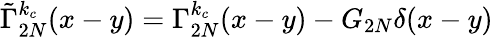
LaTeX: \tilde{\Gamma}_{2N}^{k_{c}}(x-y)=\Gamma_{2N}^{k_{c}}(x-y)-G_{2N}\delta(x-y)